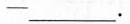
-___.